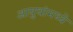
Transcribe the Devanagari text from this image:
आयुधांमध्ये